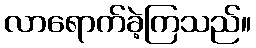
လာရောက်ခဲ့ကြသည်။